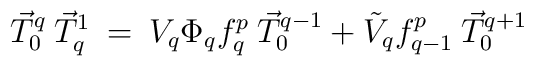
\vec T_0^{q}\:\vec T_q^{1}\:=\:V_q\Phi_q f_q^p\:\vec T_0^{q-1}+\tilde{V}_q f_{q-1}^p\:\vec T_0^{q+1}